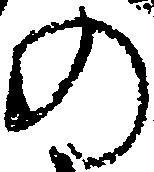
の